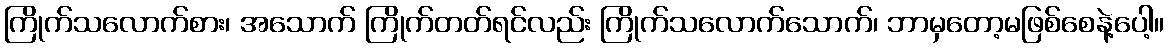
ကြိုက်သလောက်စား၊ အသောက် ကြိုက်တတ်ရင်လည်း ကြိုက်သလောက်သောက်၊ ဘာမှတော့မဖြစ်စေနဲ့ပေါ့။